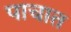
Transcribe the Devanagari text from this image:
पाचात